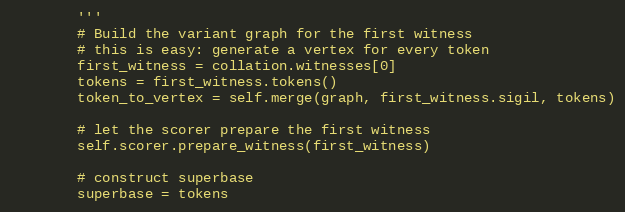
Language: Python
        '''
        # Build the variant graph for the first witness
        # this is easy: generate a vertex for every token
        first_witness = collation.witnesses[0]
        tokens = first_witness.tokens()
        token_to_vertex = self.merge(graph, first_witness.sigil, tokens)

        # let the scorer prepare the first witness
        self.scorer.prepare_witness(first_witness)

        # construct superbase
        superbase = tokens